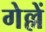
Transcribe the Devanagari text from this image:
गेल्लें